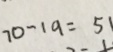
7 0 - 1 9 = 5 1